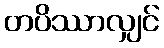
တပိဿာလျှင်